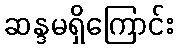
ဆန္ဒမရှိကြောင်း